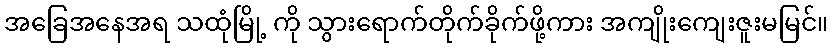
အခြေအနေအရ သထုံမြို့ ကို သွားရောက်တိုက်ခိုက်ဖို့ကား အကျိုးကျေးဇူးမမြင်။